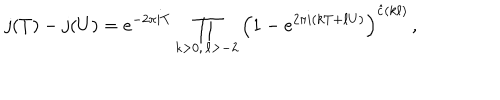
j ( T ) - j ( U ) = e ^ { - 2 \pi i T } \prod _ { k > 0 , \, \ell > - 2 } \left( 1 - e ^ { 2 \pi i ( k T + \ell U ) } \right) ^ { \hat { c } ( k \ell ) } \, ,